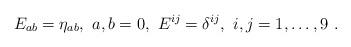
LaTeX: \begin{align*}E_{ab}=\eta_{ab}, \ a,b=0, \ E^{ij}=\delta^{ij}, \ i,j=1,\dots,9 \ .\end{align*}